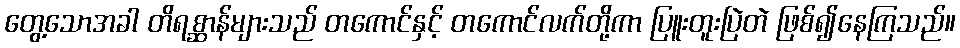
တွေ့သောအခါ တိရစ္ဆာန်များသည် တကောင်နှင့် တကောင်လက်တို့ကာ ပြူးတူးပြဲတဲ ဖြစ်၍နေကြသည်။